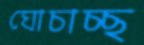
ঘোচাচ্ছ